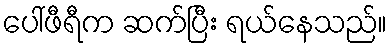
ပေါ်ဖီရီက ဆက်ပြီး ရယ်နေသည်။